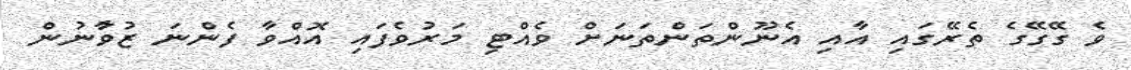
ވެ ގޭގޭގެ ތެރޭގައި އާއި އެނޫންތަންތަނަށް ވެއްޓި މަރުވެފައި އޮއްވާ ފެންނަ ޒުވާުނުން